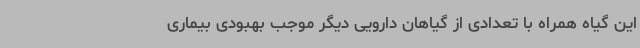
این گیاه همراه با تعدادی از گیاهان دارویی دیگر موجب بهبودی بیماری